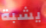
يشبة